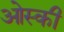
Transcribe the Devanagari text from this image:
ओस्की